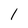
Character: 1